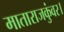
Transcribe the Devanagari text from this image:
माताराजकुंवर।